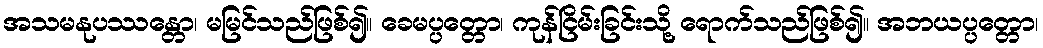
အသမနုပဿန္တော၊ မမြင်သည်ဖြစ်၍။ ခေမပ္ပတ္တော၊ ကုန်ငြိမ်းခြင်းသို့ ရောက်သည်ဖြစ်၍။ အဘယပ္ပတ္တော၊